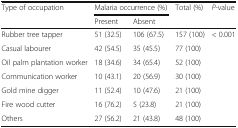
<table><thead><tr><td rowspan="2"><b>Type of occupation</b></td><td colspan="2"><b>Malaria occurrence (%)</b></td><td rowspan="2"><b>Total (%)</b></td><td rowspan="2"><b><i>P</i>-value</b></td></tr><tr><td><b>Present</b></td><td><b>Absent</b></td></tr></thead><tbody><tr><td>Rubber tree tapper</td><td>51 (32.5)</td><td>106 (67.5)</td><td>157 (100)</td><td rowspan="7">&lt; 0.001</td></tr><tr><td>Casual labourer</td><td>42 (54.5)</td><td>35 (45.5)</td><td>77 (100)</td></tr><tr><td>Oil palm plantation worker</td><td>18 (34.6)</td><td>34 (65.4)</td><td>52 (100)</td></tr><tr><td>Communication worker</td><td>10 (43.1)</td><td>20 (56.9)</td><td>30 (100)</td></tr><tr><td>Gold mine digger</td><td>11 (52.4)</td><td>10 (47.6)</td><td>21 (100)</td></tr><tr><td>Fire wood cutter</td><td>16 (76.2)</td><td>5 (23.8)</td><td>21 (100)</td></tr><tr><td>Others</td><td>27 (56.2)</td><td>21 (43.8)</td><td>48 (100)</td></tr></tbody></table>